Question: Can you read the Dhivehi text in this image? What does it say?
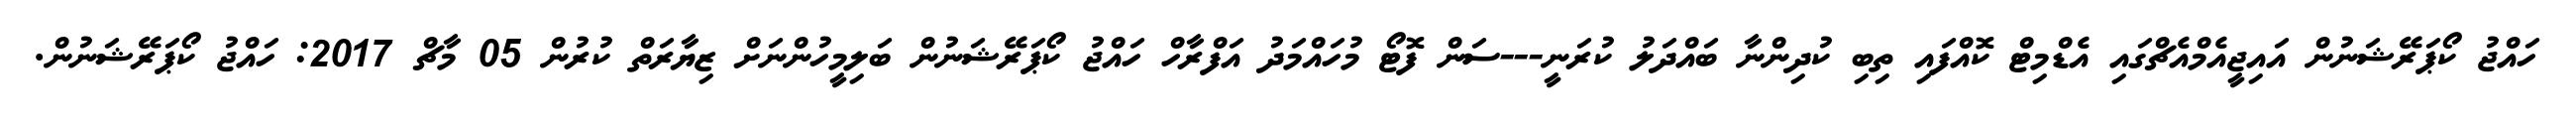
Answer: ހައްޖު ކޯޕަރޭޝަނުން އައިޖީއެމްއެޗްގައި އެޑްމިޓް ކޮއްފައި ތިބި ކުދިންނާ ބައްދަލު ކުރަނީ---ސަން ފޮޓޯ މުހައްމަދު އަފްރާހް ހައްޖު ކޯޕަރޭޝަނުން ބަލިމީހުންނަށް ޒިޔާރަތް ކުރުން 05 މާޗް 2017: ހައްޖު ކޯޕަރޭޝަނުން.